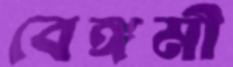
বেঙ্গমী